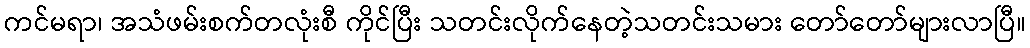
ကင်မရာ၊ အသံဖမ်းစက်တလုံးစီ ကိုင်ပြီး သတင်းလိုက်နေတဲ့သတင်းသမား တော်တော်များလာပြီ။